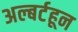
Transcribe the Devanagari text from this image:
अल्बर्टहून